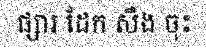
ផ្សារ ដែក សឹង ចុះ